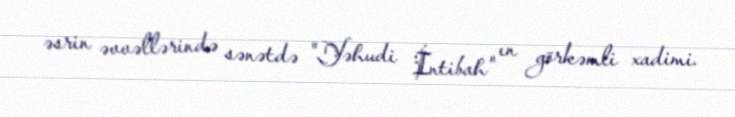
əsrin əvvəllərində sənətdə "Yəhudi İntibah" ın görkəmli xadimi.